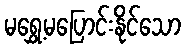
မရွှေ့မပြောင်းနိုင်သော